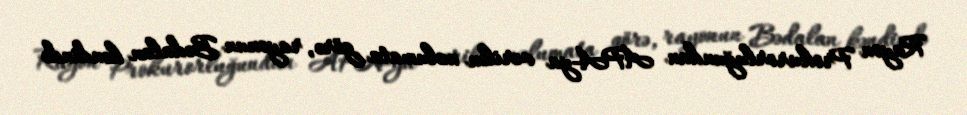
Rayon Prokurorluğundan APA-ya verilən məlumata görə, rayonun Bədalan kəndində